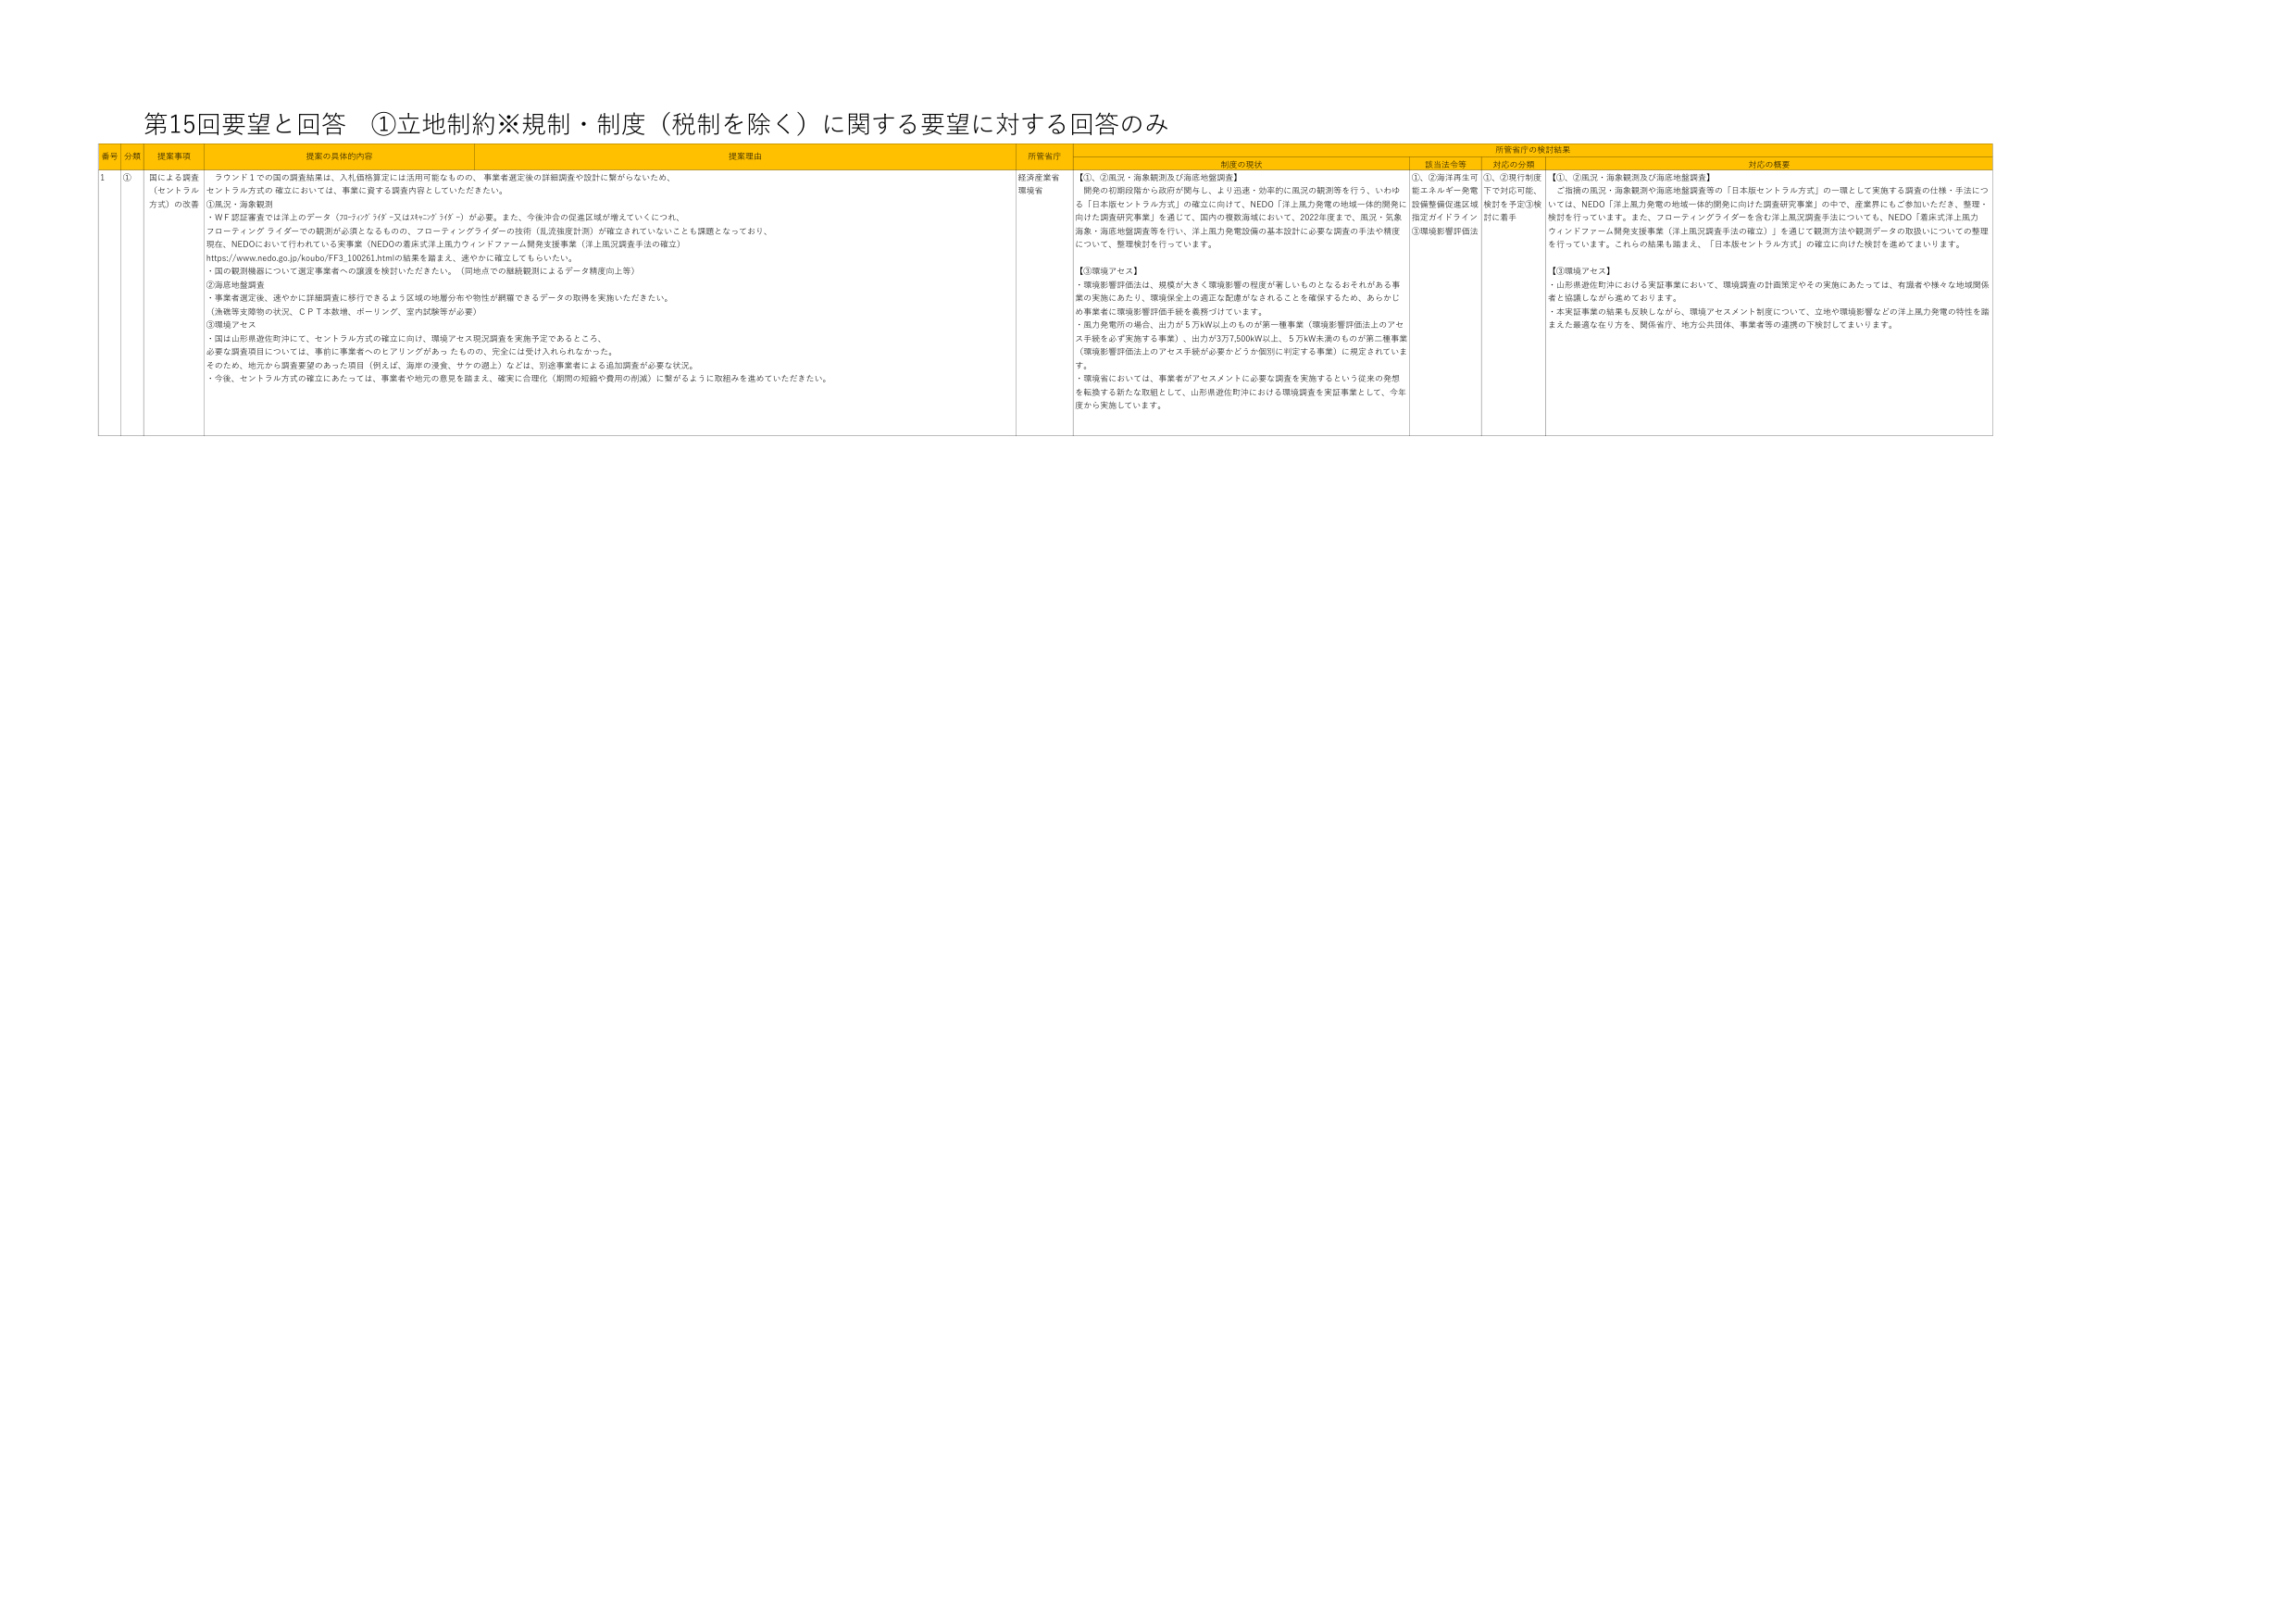
第15回要望と回答 ①立地制約※規制・制度（税制を除く）に関する要望に対する回答のみ

番号 分類 検索事項 検索の具体的な内容 検索理由 所管省庁 所管省庁の検討結果
制度の現状 関連法令等 対応の分野 対応の概要

1 ① 国による調査（セントラル方式）の改善 ラウンド1での国の調査結果は、入札価格算定には活用可能なもので、事業者選定後の詳細調査や設計に繋がらないため、セントラル方式の確立においては、事業に資する調査内容としていただきたい。
①風況・海象観測
・WF認証審査では洋上のデータ（70-70/7 3/9”-又は20-20/7 3/9”）が必要。また、今後沖合の促進区域が増えていくにつれ、フローティングライダーでの観測が必須となるものの、フローティングライダーの技術（乱流強度計測）が確立されていないことも課題となっており、現在、NEDOにおいて行われている実事業（NEDOの着床式洋上風力ウィンドファーム開発支援事業（洋上風況調査手法の確立）https://www.nedo.go.jp/koubo/FF3_100261.htmlの結果を踏まえ、速やかに確立してもらいたい。
・国の観測機器について選定事業者への譲渡を検討いただきたい。（同地点での継続観測によるデータ精度向上等）
②海底地盤調査
・事業者選定後、速やかに詳細調査に移行できるよう区域の地層分布や物性が網羅できるデータの取得を実施いただきたい。（漁業等支障物の状況、ＣＰＴ本数増、ボーリング、室内試験等が必要）
③環境アセス
・国は山形県遊佐町沖にて、セントラル方式の確立に向け、環境アセス現況調査を実施予定であるところ。
必要な調査項目については、事前に事業者へのヒアリングがあったものの、完全には受け入れられなかった。
そのため、地元から調査要望のあった項目（例えば、海岸の浸食、サケの遡上）などは、別途事業者による追加調査が必要な状況。
・今後、セントラル方式の確立にあたっては、事業者や地元の意見を踏まえ、確実に合理化（期間の短縮や費用の削減）に繋がるように取組みを進めていただきたい。

経済産業省
環境省

【①、②風況・海象観測及び海底地盤調査】
開発の初期段階から政府が関与し、より迅速・効率的に風況の観測等を行う。いわゆる「日本版セントラル方式」の確立に向けて、NEDO「洋上風力発電の地域一体的開発に向けた調査研究事業」を通じて、国内の複数海域において、2022年度まで、風況・気象海象・海底地盤調査等を行い、洋上風力発電設備の基本設計に必要な調査の手法や精度について、整理検討を行っています。

【③環境アセス】
・環境影響評価は、規模が大きく環境影響の程度が著しいものとなるおそれがある事業の実施にあたり、環境保全上の適正な配慮がなされることを確保するため、あらかじめ事業者に環境影響評価手続を義務づけています。
・風力発電所の場合、出力が5万kW以上のものが第一種事業（環境影響評価法上のアセス手続を必ず実施する事業）、出力が3万7,500kW以上、5万kW未満のものが第二種事業（環境影響評価法上のアセス手続が必要かどうか個別に判定する事業）に規定されています。
・環境省においては、事業者がアセスメントに必要な調査を実施するという従来の発想を転換する新たな取組として、山形県遊佐町沖における環境調査を実証事業として、今年度から実施しています。

①、②海洋再生可能エネルギー発電設備整備促進区域指定ガイドライン
③環境影響評価法

①、②現行制度下で対応可能、検討を予定③検討に着手

【①、②風況・海象観測及び海底地盤調査】
・ご指摘の風況・海象観測や海底地盤調査等の「日本版セントラル方式」の一環として実施する調査の仕様・手法については、NEDO「洋上風力発電の地域一体的開発に向けた調査研究事業」の中で、産業界にもご参加いただき、整理・検討を行っています。また、フローティングライダーを含む洋上風況調査手法についても、NEDO「着床式洋上風力ウィンドファーム開発支援事業（洋上風況調査手法の確立）」を通じて観測方法や観測データの取扱いについての整理を行っています。これらの結果も踏まえ、「日本版セントラル方式」の確立に向けた検討を進めてまいります。

【③環境アセス】
・山形県遊佐町沖における実証事業において、環境調査の計画策定やその実施にあたっては、有識者や様々な地域関係者と協議しながら進めております。
・本実証事業の結果も反映しながら、環境アセスメント制度について、立地や環境影響などの洋上風力発電の特性を踏まえた最適な在り方を、関係省庁、地方公共団体、事業者等の連携の下検討してまいります。